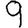
Digit: 9